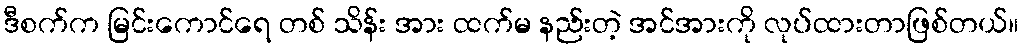
ဒီစက်က မြင်းကောင်ရေ တစ် သိန်း အား ထက်မ နည်းတဲ့ အင်အားကို လုပ်ထားတာဖြစ်တယ်။